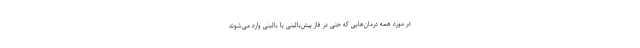
در مورد همه درمان‌هایی که حتی در فاز پیش‌بالینی یا بالینی وارد می‌شوند